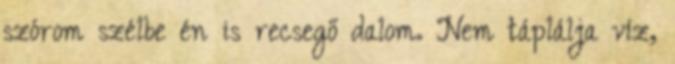
szórom szélbe én is recsegő dalom. Nem táplálja víz,